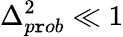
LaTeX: \Delta_{p\mathtt{r}ob}^{2}\ll1